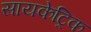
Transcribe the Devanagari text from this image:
सायकेट्रिक